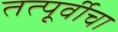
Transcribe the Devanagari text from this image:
तत्पूर्वीचा